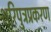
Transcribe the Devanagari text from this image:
शरिपुत्रप्रकरण